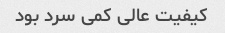
کیفیت عالی کمی سرد بود